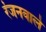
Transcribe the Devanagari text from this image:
रंजनवाले